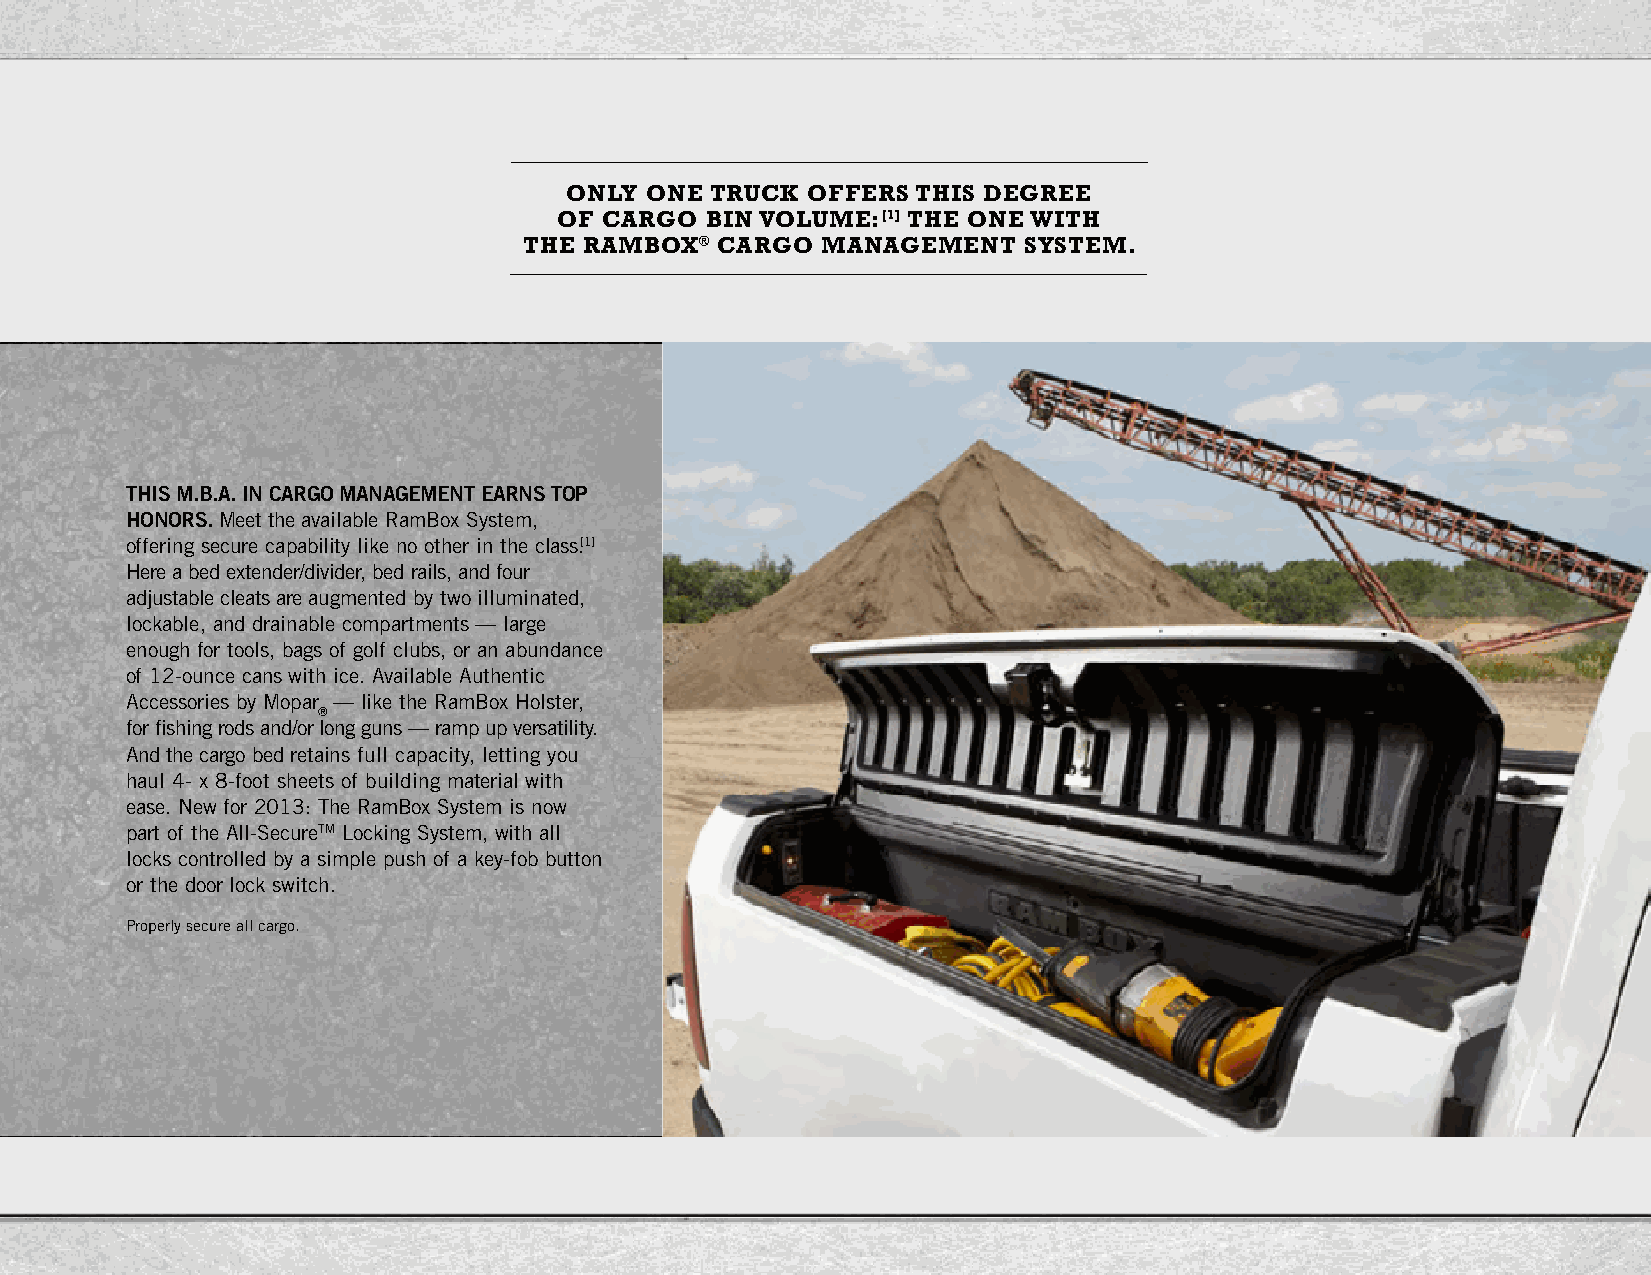
ONLY  ONE TRuCk OFFERS  THIS DEgREE
 OF CARgO  BIN VOLuME:[1] THE ONE WITH
 THE RAMBOx® CARgO  MANAgEMENT    SYSTEM.
 this M.b.A. iN CARgO MANAgEMENt EARNs tOP
 hONORs. Meet the available RamBox System,
 offering secure capability like no other in the class.[1]
 Here a bed extender/divider, bed rails, and four
 adjustable cleats are augmented by two illuminated,
 lockable, and drainable compartments — large
 enough for tools, bags of golf clubs, or an abundance
 of 12-ounce cans with ice. Available Authentic
 Accessories by Mopar — like the RamBox Holster,
 ®
 for fishing rods and/or long guns — ramp up versatility.
 And the cargo bed retains full capacity, letting you
 haul 4- x 8-foot sheets of building material with
 ease. New for 2013: The RamBox System is now
 part of the All-SecureTM Locking System, with all
 locks controlled by a simple push of a key-fob button
 or the door lock switch.
 Properly secure all cargo.
 Page 17